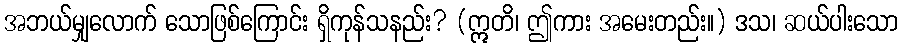
အဘယ်မျှလောက် သောဖြစ်ကြောင်း ရှိကုန်သနည်း? (ဣတိ၊ ဤကား အမေးတည်း။) ဒသ၊ ဆယ်ပါးသော